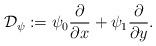
LaTeX: \begin{align*}\mathcal D_{\psi} := \psi_0 \frac{\partial}{\partial x } + \psi_1 \frac{\partial}{\partial y }. \end{align*}